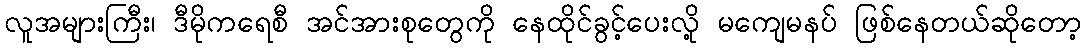
လူအများကြီး၊ ဒီမိုကရေစီ အင်အားစုတွေကို နေထိုင်ခွင့်ပေးလို့ မကျေမနပ် ဖြစ်နေတယ်ဆိုတော့